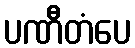
ပဏီတံပေ